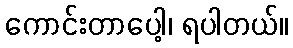
ကောင်းတာပေါ့၊ ရပါတယ်။